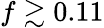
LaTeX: f\gtrsim 0.11